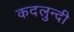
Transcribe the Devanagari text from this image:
कदलुन्दी